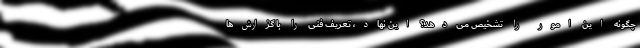
چگونه این امور را تشخیص می‌دهد؟ این نهاد، تعریف فنی را با گزارش‌ها